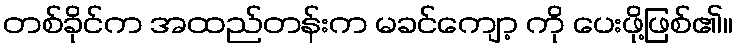
တစ်ခိုင်က အထည်တန်းက မခင်ကျော့ ကို ပေးဖို့ဖြစ်၏။